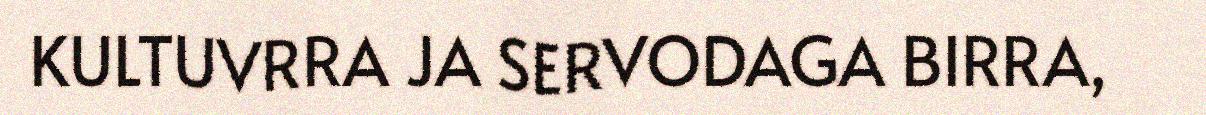
KULTUVRRA JA SERVODAGA BIRRA,